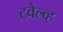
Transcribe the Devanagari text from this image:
ट्वेल्व्ह